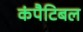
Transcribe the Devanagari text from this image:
कंपैटिबल